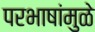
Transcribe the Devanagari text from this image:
परभाषांमुळे